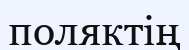
поляктің